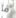
ما